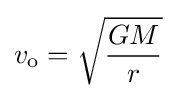
v_{\text{o}}={\sqrt {\frac {GM}{r}}}